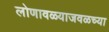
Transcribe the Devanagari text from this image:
लोणावळ्याजवळच्या